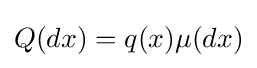
Q(dx)=q(x)\mu (dx)